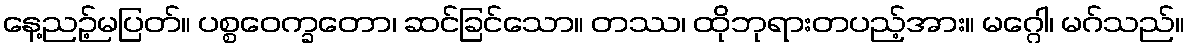
နေ့ညဉ့်မပြတ်။ ပစ္စဝေက္ခတော၊ ဆင်ခြင်သော။ တဿ၊ ထိုဘုရားတပည့်အား။ မဂ္ဂေါ၊ မဂ်သည်။